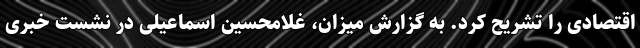
اقتصادی را تشریح کرد. به گزارش میزان، غلامحسین اسماعیلی در نشست خبری